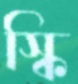
স্কি